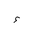
Letter: _hamza